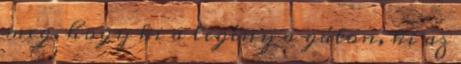
meg, hogy ki a legény a gáton, ki az